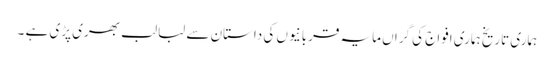
ہماری تاریخ ہماری افواج کی گراں مایہ قربانیوں کی داستان سے لبالب بھری پڑی ہے ۔